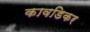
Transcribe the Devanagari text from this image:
कावडिकर